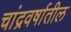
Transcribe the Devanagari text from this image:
चांद्रवर्षातील